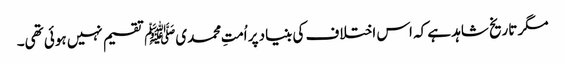
مگر تاریخ شاہد ہے کہ اس اختلاف کی بنیاد پر اُمتِ محمدیﷺ تقسیم نہیں ہوئی تھی۔